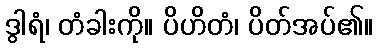
ဒွါရံ၊ တံခါးကို။ ပိဟိတံ၊ ပိတ်အပ်၏။